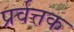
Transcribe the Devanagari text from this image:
प्रर्वत्तक